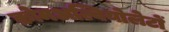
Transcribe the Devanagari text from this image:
क्रोमअल्वियोलेटों